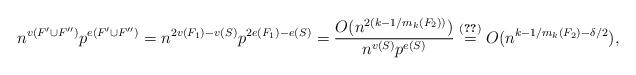
LaTeX: \begin{align*} n^{v(F' \cup F'')} p^{e(F' \cup F'')} = n^{2v(F_1) - v(S)} p^{2e(F_1) - e(S)} = \frac{O(n^{2(k - 1/m_k(F_2))})}{n^{v(S)}p^{e(S)}} \stackrel{\eqref{eq:delta_S}}{=} O(n^{k - 1/m_k(F_2) - \delta/2}),\end{align*}